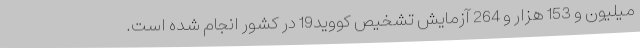
میلیون و 153 هزار و 264 آزمایش تشخیص کووید19 در کشور انجام شده است.